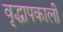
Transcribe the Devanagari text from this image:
वृद्धापकाली